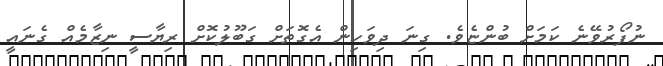
ނުފޯރުވޭނެ ކަމަށް ބުންޏެވެ. ގިނަ ދިވަހިން އެގޮތަށް ގަބޫލުކޮށް ރިޔާސީ ނިޒާމެއް ގެނައީ